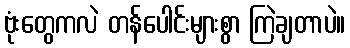
ဗုံးတွေကလဲ တန်ပေါင်းများစွာ ကြဲချတာပဲ။